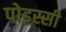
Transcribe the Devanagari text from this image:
पोइस्सी